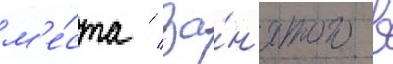
м'е́ста / за́н'ятого в